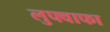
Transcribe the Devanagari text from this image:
लुफ्वाफा